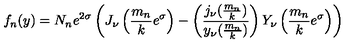
f _ { n } ( y ) = N _ { n } e ^ { 2 \sigma } \left( J _ { \nu } \left( { \frac { m _ { n } } { k } } e ^ { \sigma } \right) - \left( { \frac { j _ { \nu } ( { \frac { m _ { n } } { k } } ) } { y _ { \nu } ( { \frac { m _ { n } } { k } } ) } } \right) Y _ { \nu } \left( { \frac { m _ { n } } { k } } e ^ { \sigma } \right) \right)